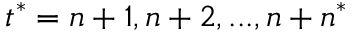
t ^ { * } = n + 1 , n + 2 , . . . , n + n ^ { * }